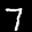
Label: 7